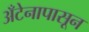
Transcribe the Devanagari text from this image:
अँटेनापासून